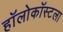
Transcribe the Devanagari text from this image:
हॉलोकॉस्टला